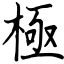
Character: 極